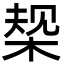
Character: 椝